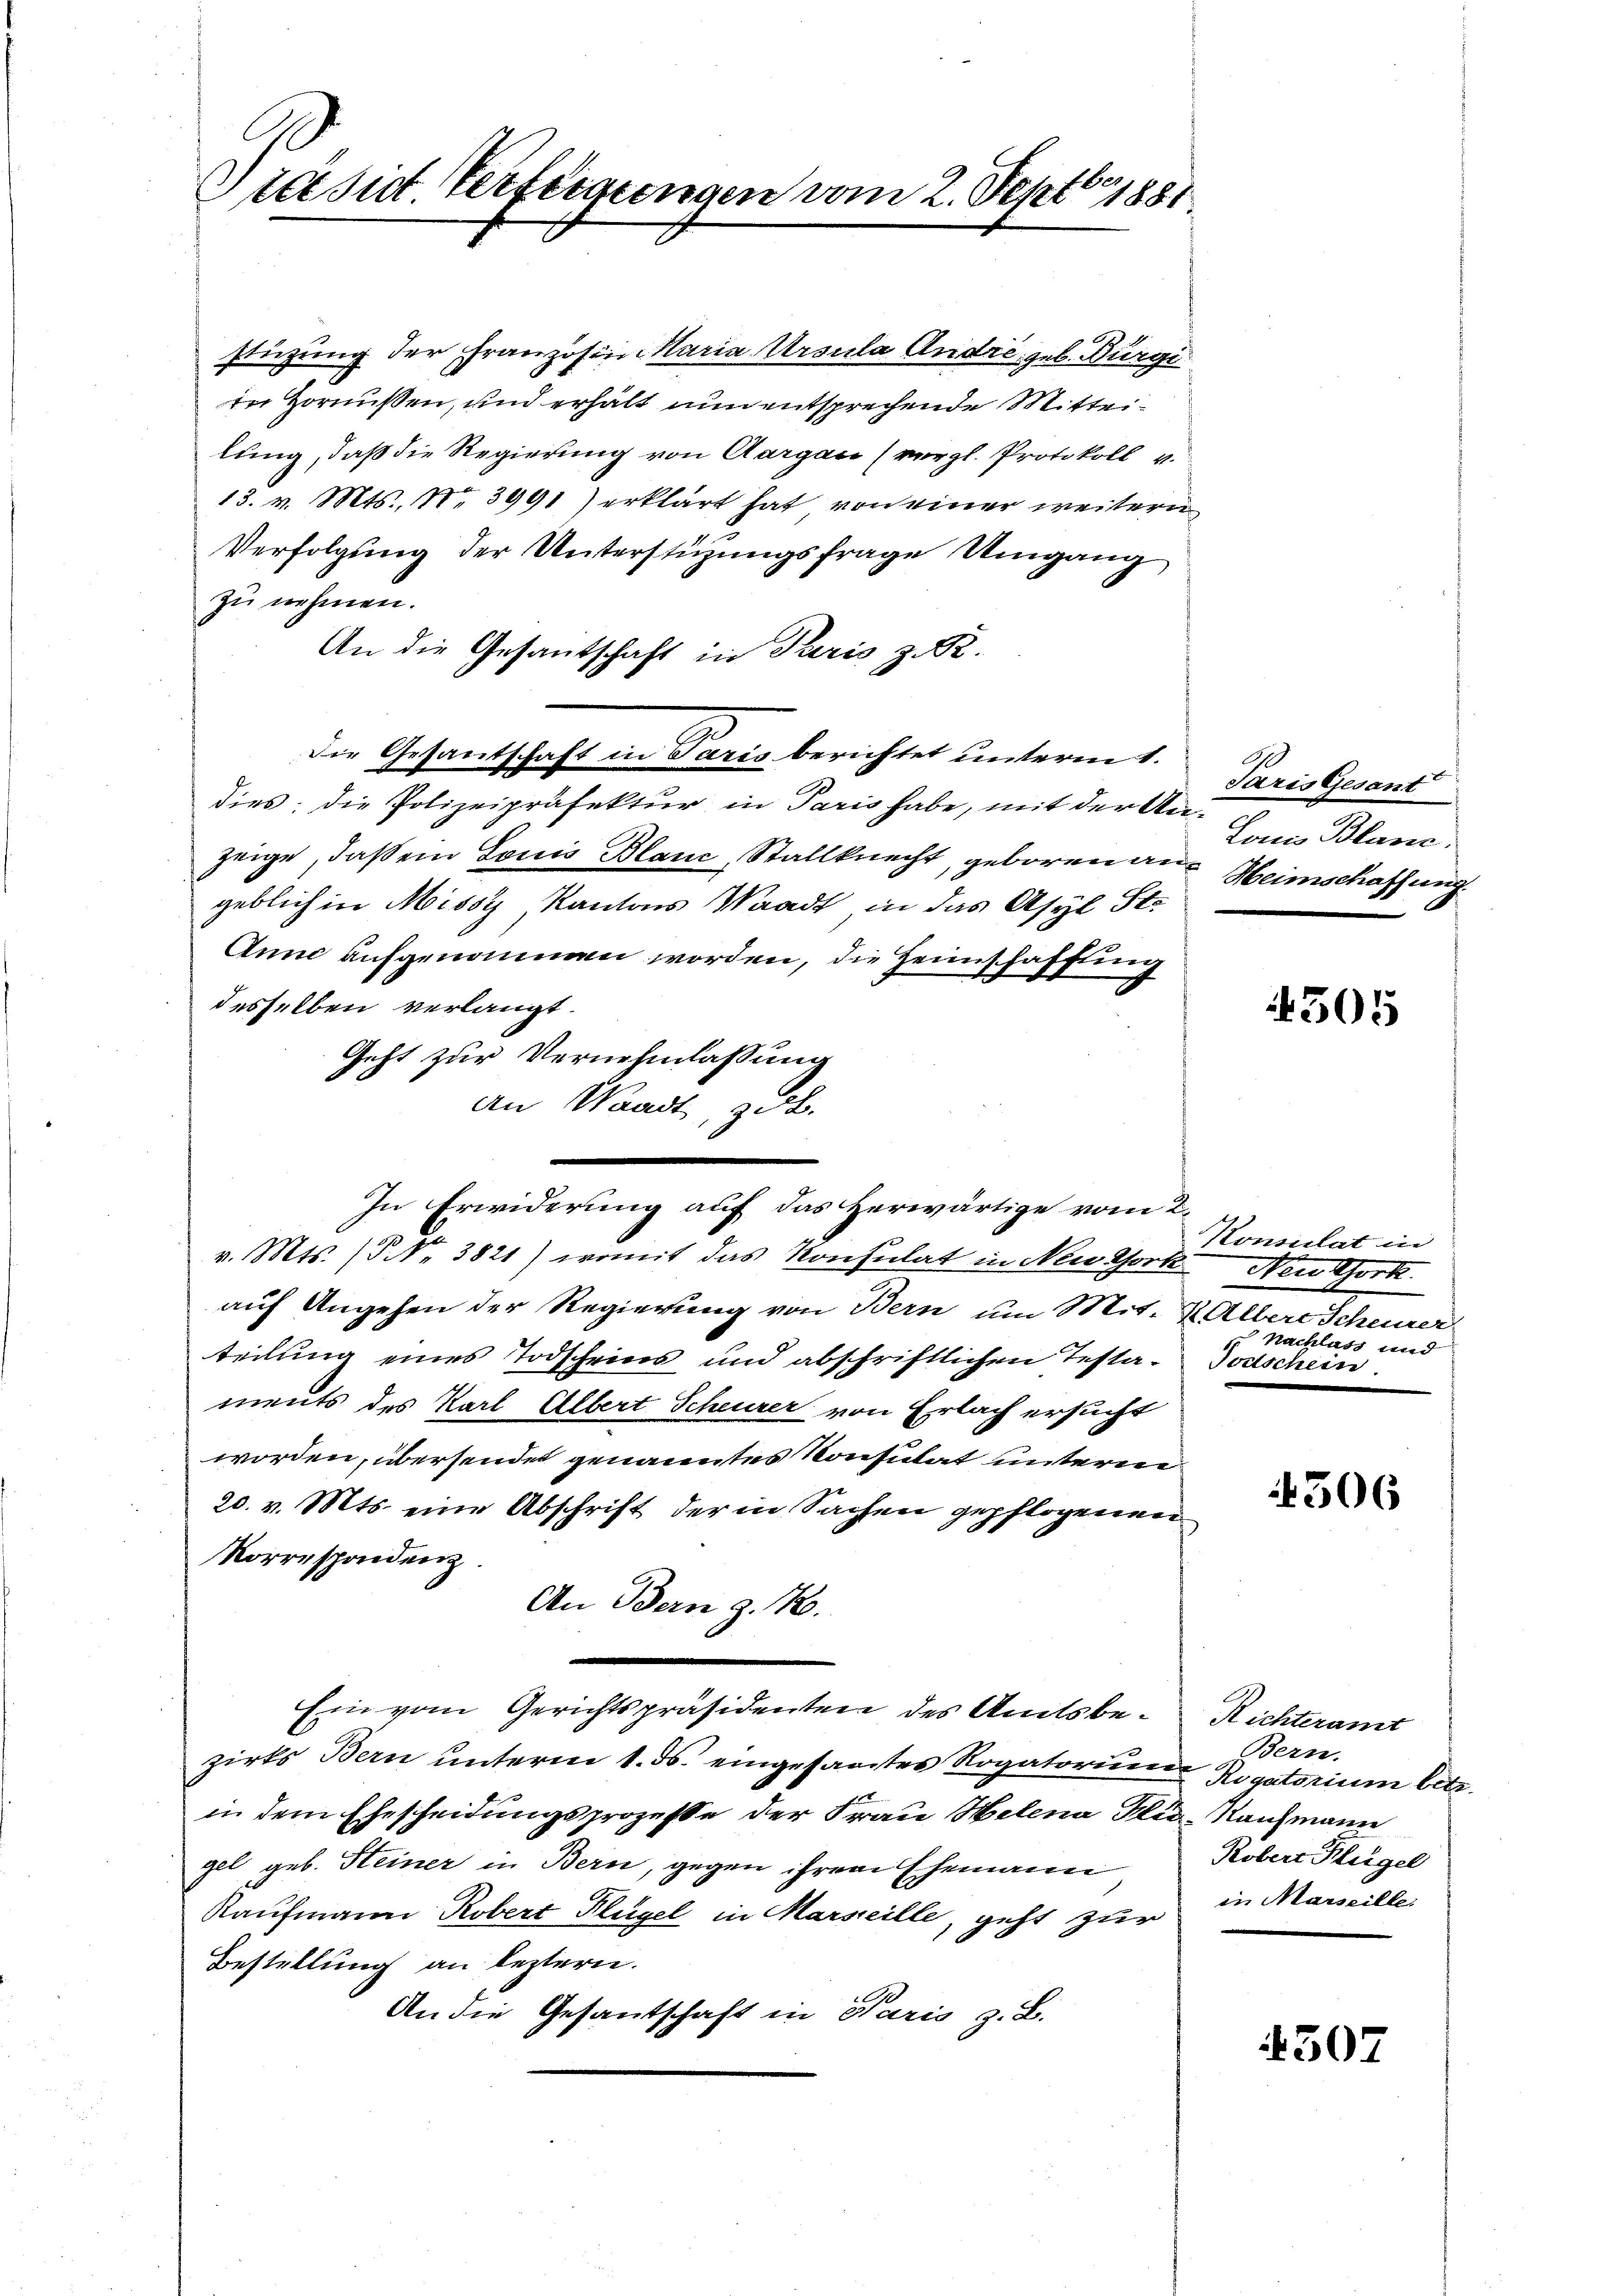
Pretsict. Verfeigungen vom 2. Septbr. 1881

stüzung der Franzosinaria Ursula André geb. Bürge
in Hornußen, und erhält nun entsprechende Mitteilung, daß die Regierung von Aargau (vergl. Protokoll v.
13. v. Mts., Nr. 3991) erklärt hat von einer weitere
Verfolgung der Unterstüzungsfrage Umgang
zu nehmen.
An die Gesantschaft in Paris z. 82.
Die Gesandschaft in Paris berichtet unterm 1.
dies; die Polizeipräfektur in Paris habe, mit der Anzeige, daß ein Louis Blanc, Stallknecht, geboren aus Heimschaffung
geblich in Missy Kantons Waadt, in das Asyl Ste
Anne aufgenommen worden, die Heimschaffung
desselben verlangt.
Geht zur Vernehmlassung
an Waadt, zu b
m
v. Mts. No. 3821) womit das Konsulat in Neu Chork Neu York
auf Angehen der Regierung von Bern um Mit. K. Albere Scheurer
teilung eines Todscheins und abschriftlichen Testa-
ments des Karl Albert Scheurer von Erlach ersucht
worden, übersendet genanntes Konsulat unterm
20. v. Mts. eine Abschrift der in Sachen gepflogenen
Korrespondenz
An Bern z. 140.
.
Ein vom Gerichtspräsidenten des Amtsbezirks Bern unterm 1. ds. eingesantes Rogatorien
in dem Ehescheidungsprozesse der Frau Helena die Kaufmann
gel geb. Steiner in Bern, gegen ihrem Ehemann
Kaufmann Robert Flügel in Marseille, geht zur
Bestellung an leztern.
An die Gesantschaft in Paris z. B.

¬
In Erwiderung auf das Herwärtige vom 2.

Paris Gesant
Louis Blanc

4505

Konsulat in
nachluss und
Joaschein.

506

Richteramt
Bern.
Rigatorium betr.
Robert Flügel
in Marseille.

4507